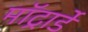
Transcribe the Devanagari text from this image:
मॉट्रार्डे